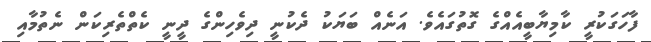
ފާހަގަކުރީ ކާމިޔާބީއެއްގެ ގޮތުގައެވެ. އަނެއް ބަޔަކު ދެކުނީ ދިވެހިންގެ ދީނީ ކެތްތެރިކަން ނެތުމާއި